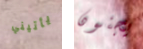
يأتيني يجنون